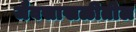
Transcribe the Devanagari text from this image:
जैवसाखळीतील